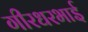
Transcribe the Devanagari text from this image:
गीरधरभाई